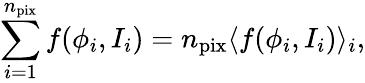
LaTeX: \sum_{i=1}^{n_{\mathrm{pix}}}f(\phi_{i},I_{i})=n_{\mathrm{pix}}\langle f(\phi_{i},I_{i})\rangle_{i},